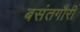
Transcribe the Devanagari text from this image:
बसंतगौरी